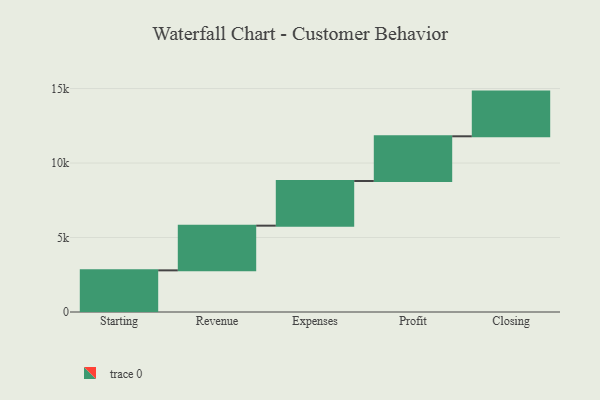
{"axis": {"x": "Step", "y": "Value"}, "legend": [""], "data": [{"x": "Starting", "y": 2796.0, "type": ""}, {"x": "Revenue", "y": 3000, "type": ""}, {"x": "Expenses", "y": 3000, "type": ""}, {"x": "Profit", "y": 3000, "type": ""}, {"x": "Closing", "y": 3000, "type": ""}]}